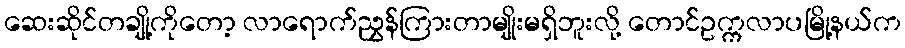
ဆေးဆိုင်တချို့ကိုတော့ လာရောက်ညွှန်ကြားတာမျိုးမရှိဘူးလို့ တောင်ဥက္ကလာပမြို့နယ်က